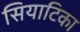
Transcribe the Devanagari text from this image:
सियाटिका